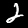
Label: 2